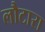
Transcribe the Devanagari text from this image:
लौटारा